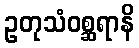
ဥတုသံဝစ္ဆရာနိ